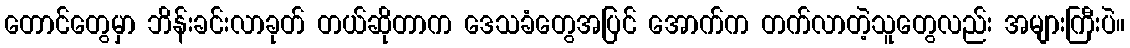
တောင်တွေမှာ ဘိန်းခင်းလာခုတ် တယ်ဆိုတာက ဒေသခံတွေအပြင် အောက်က တက်လာတဲ့သူတွေလည်း အများကြီးပဲ။